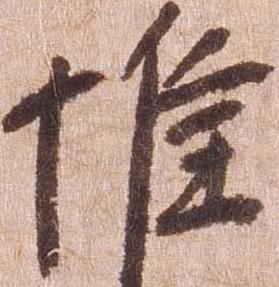
惟